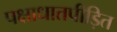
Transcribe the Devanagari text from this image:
पक्षाधातपीड़ित